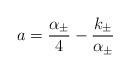
LaTeX: \begin{align*}a = \frac{\alpha_{\pm}}{4} - \frac{k_{\pm}}{\alpha_{\pm}}\end{align*}